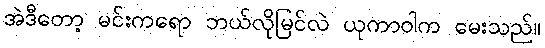
အဲဒီတော့ မင်းကရော ဘယ်လိုမြင်လဲ ယုကာဝါက မေးသည်။